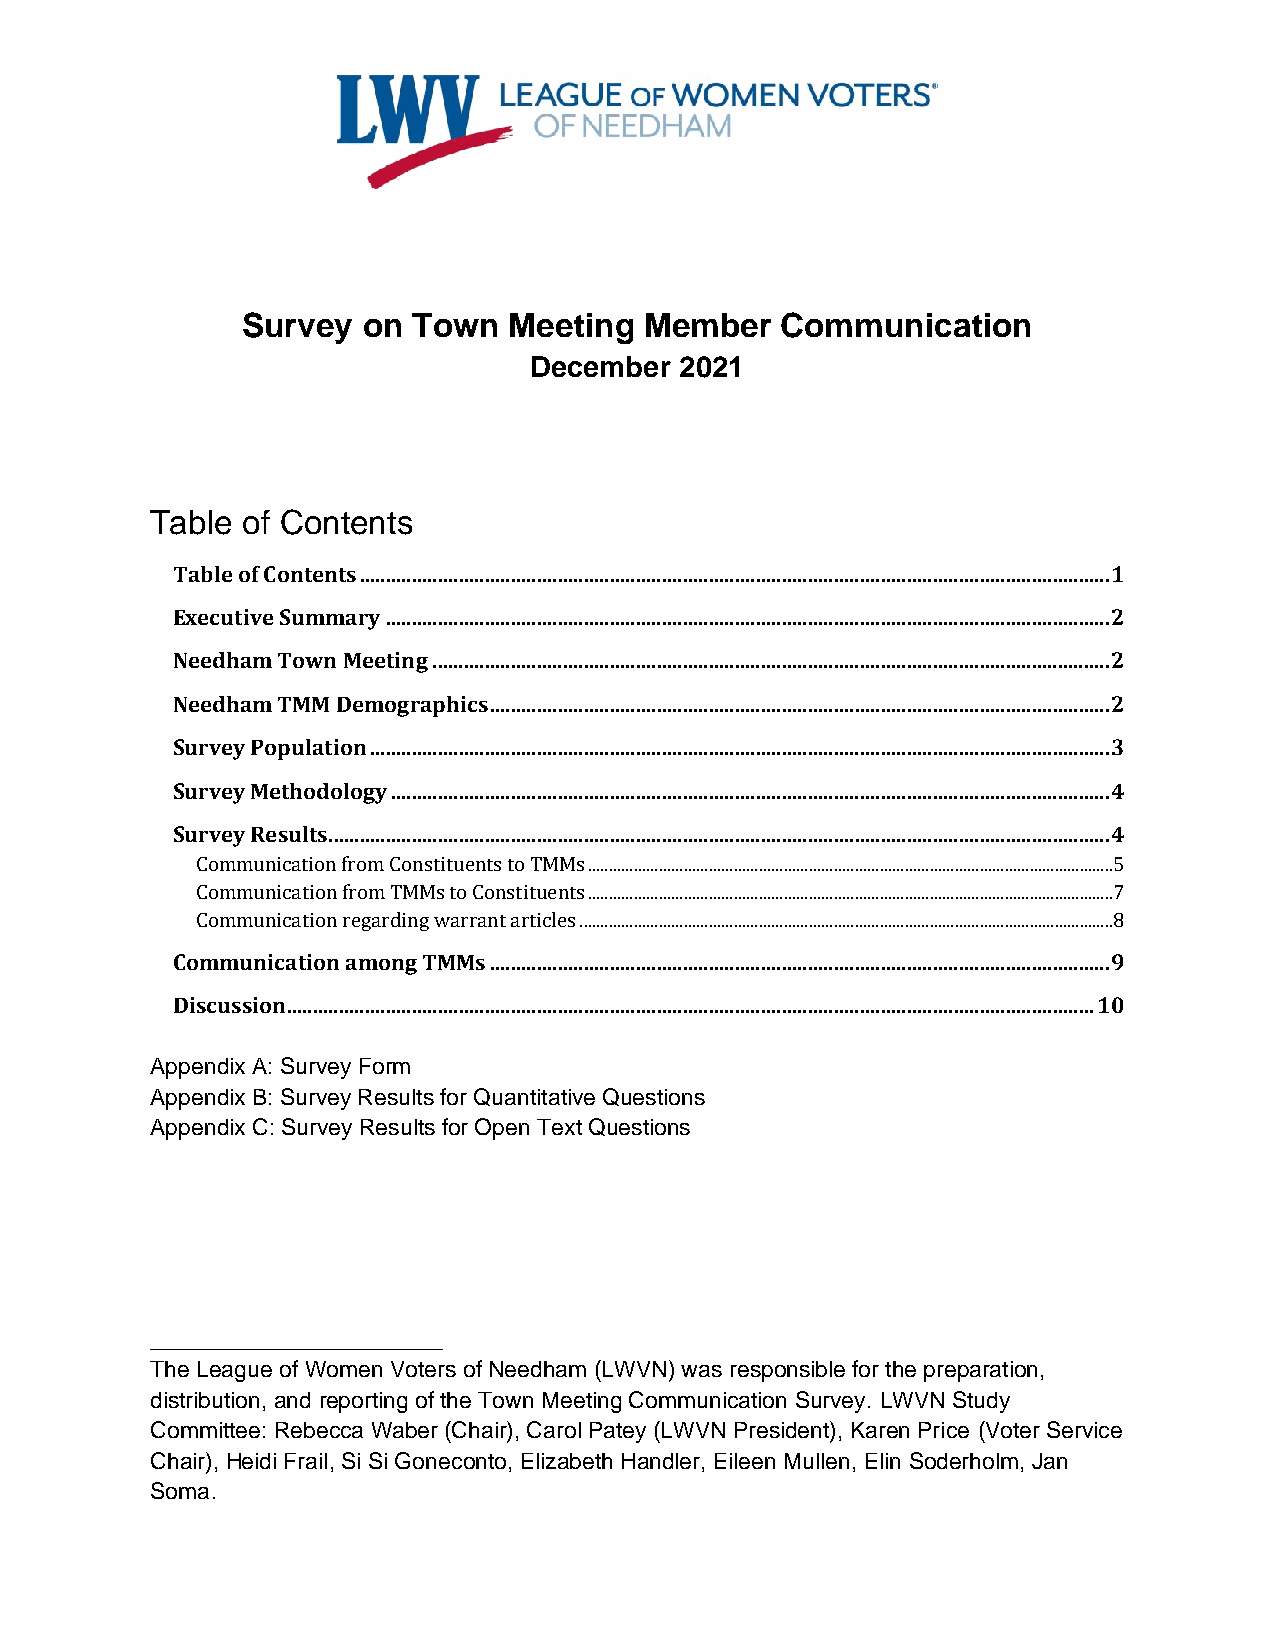
Survey  on Town   Meeting  Member   Communication
 December  2021
 Table of Contents
 Table of Contents ................................................................................................................................................ 1
 Executive Summary ........................................................................................................................................... 2
 Needham Town Meeting .................................................................................................................................. 2
 Needham TMM Demographics ....................................................................................................................... 2
 Survey Population .............................................................................................................................................. 3
 Survey Methodology .......................................................................................................................................... 4
 Survey Results...................................................................................................................................................... 4
 Communication from Constituents to TMMs ..............................................................................................................................5
 Communication from TMMs to Constituents ..............................................................................................................................7
 Communication regarding warrant articles ................................................................................................................................8
 Communication among TMMs ....................................................................................................................... 9
 Discussion........................................................................................................................................................... 10
 Appendix A: Survey Form
 Appendix B: Survey Results for Quantitative Questions
 Appendix C: Survey Results for Open Text Questions
 _______________________
 The League of Women Voters of Needham (LWVN) was responsible for the preparation,
 distribution, and reporting of the Town Meeting Communication Survey. LWVN Study
 Committee: Rebecca Waber (Chair), Carol Patey (LWVN President), Karen Price (Voter Service
 Chair), Heidi Frail, Si Si Goneconto, Elizabeth Handler, Eileen Mullen, Elin Soderholm, Jan
 Soma.